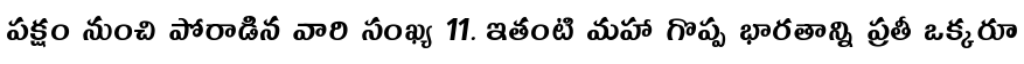
పక్షం నుంచి పోరాడిన వారి సంఖ్య 11. ఇతంటి మహా గొప్ప భారతాన్ని ప్రతీ ఒక్కరూ